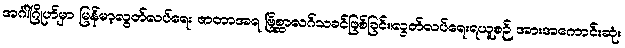
အင်္ဂါဂြိုဟ်မှာ မြန်မာ့လွတ်လပ်ရေး ဇာတာအရ ဗြိစ္ဆာလဂ်သခင်ဖြစ်ခြင်း၊လွတ်လပ်ရေးရယူစဉ် အားအကောင်းဆုံး